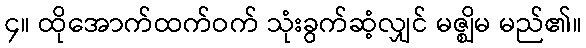
၄။ ထိုအောက်ထက်ဝက် သုံးခွက်ဆံ့လျှင် မဇ္ဈိမ မည်၏။